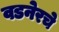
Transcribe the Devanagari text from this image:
वडनेरचे